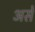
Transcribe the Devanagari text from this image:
असेे